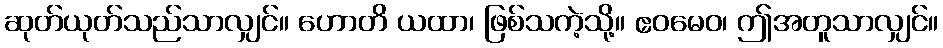
ဆုတ်ယုတ်သည်သာလျှင်။ ဟောတိ ယထာ၊ ဖြစ်သကဲ့သို့။ ဧဝမေဝ၊ ဤအတူသာလျှင်။